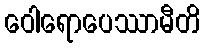
ဝေါရောပေဿာမီတိ